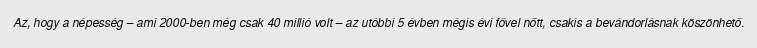
Az, hogy a népesség – ami 2000-ben még csak 40 millió volt – az utóbbi 5 évben mégis évi fővel nőtt, csakis a bevándorlásnak köszönhető.